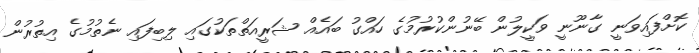
ކޮށްފައިވަނީ ގާނޫނީ ވަކީލުން ބޭނުންކުރުމުގެ ހައްގު ބައެއް ޝަރީއަތްތަކުގައި ލިބިފައި ނެތުމުގެ އިތުރުން